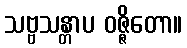
သဗ္ဗသန္တာပ ဝဇ္ဇိတော။